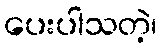
ပေးပါသတဲ့၊